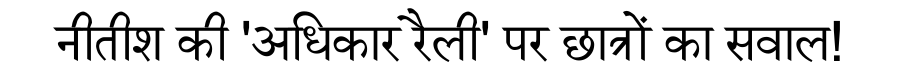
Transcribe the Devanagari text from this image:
नीतीश की 'अधिकार रैली' पर छात्रों का सवाल!